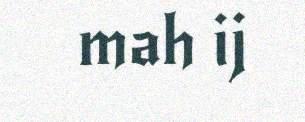
mah ij